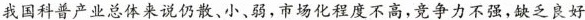
我国科普产业总体来说仍散、小、弱，市场化程度不高，竞争力不强，缺乏良好